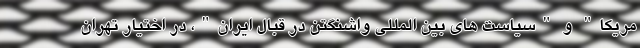
مریکا" و "سیاست های بین المللی واشنگتن در قبال ایران"، در اختیار تهران